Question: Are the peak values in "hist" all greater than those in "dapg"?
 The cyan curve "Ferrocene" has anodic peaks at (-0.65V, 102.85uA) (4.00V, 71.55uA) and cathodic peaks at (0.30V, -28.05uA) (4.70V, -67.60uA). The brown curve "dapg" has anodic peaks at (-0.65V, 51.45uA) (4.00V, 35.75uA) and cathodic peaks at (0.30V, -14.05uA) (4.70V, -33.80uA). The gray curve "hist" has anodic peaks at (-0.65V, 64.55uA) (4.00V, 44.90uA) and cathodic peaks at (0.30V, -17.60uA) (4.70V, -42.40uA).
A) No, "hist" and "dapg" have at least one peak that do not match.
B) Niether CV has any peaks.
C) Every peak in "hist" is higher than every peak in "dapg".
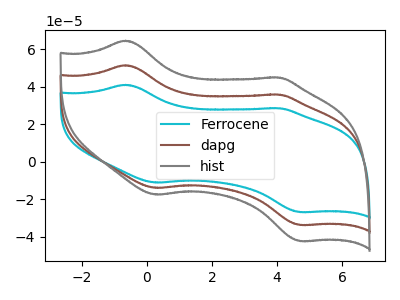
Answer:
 <answer>C) Every peak in "hist" is higher than every peak in "dapg".</answer>
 <eval>C</eval>